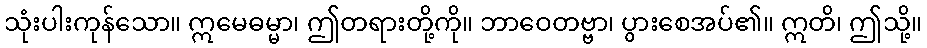
သုံးပါးကုန်သော။ ဣမေဓမ္မာ၊ ဤတရားတို့ကို။ ဘာဝေတဗ္ဗာ၊ ပွားစေအပ်၏။ ဣတိ၊ ဤသို့။